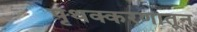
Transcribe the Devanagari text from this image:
पृथक्करणातून